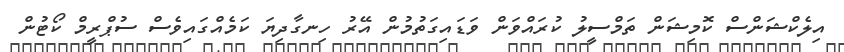
އިލެކްޝަންސް ކޮމިޝަން ތަމްސީލު ކުރައްވަން ވަޑައިގަތުމުން އޭރު ހިނގާދިޔަ ކަމެއްގައިވެސް ސުޕްރީމް ކޯޓުން